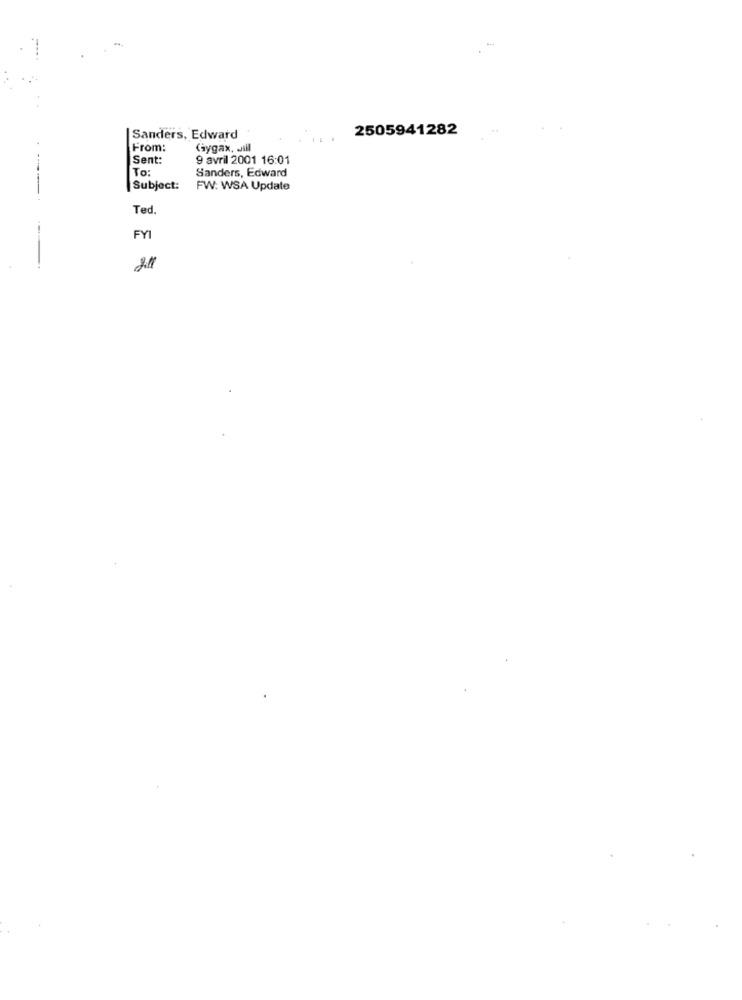
2505941282
Sanders, Edward
From:
Gygax, Jill
Sent:
9 avril 2001 16:01
To:
Sanders, Edward
Subject:
FW: WSA Update
Ted.
FYI
211